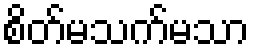
စိတ်မသက်မသာ